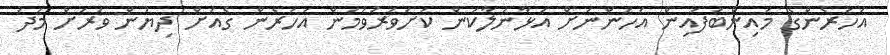
އަހަރެންގެ މައިންބަފައިން އަހަންނަށް އަޅާނުލާކަން ކަށަވަރުވުމުން އަހަރެން ގެއަށް ދިޔުން ވަރަށް މަދު